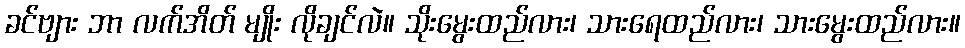
ခင်ဗျား ဘာ လက်အိတ် မျိုး လိုချင်လဲ။ သိုးမွေးထည်လား၊ သားရေထည်လား၊ သားမွေးထည်လား။